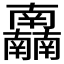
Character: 𰆂